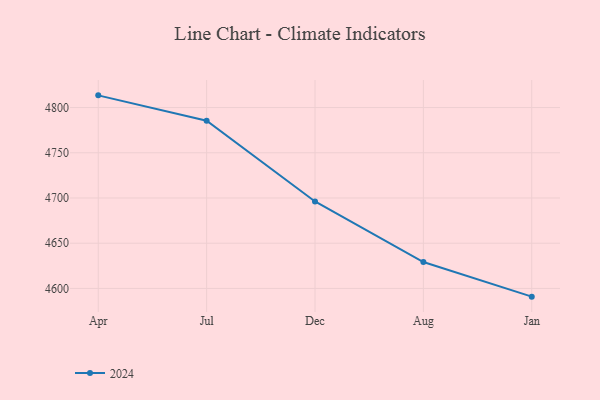
{"axis": {"x": "Month", "y": "Population (Million)"}, "legend": ["2024"], "data": [{"x": "Apr", "y": 4813.5, "type": "2024"}, {"x": "Jul", "y": 4785.4, "type": "2024"}, {"x": "Dec", "y": 4696.2, "type": "2024"}, {"x": "Aug", "y": 4629.2, "type": "2024"}, {"x": "Jan", "y": 4590.9, "type": "2024"}]}